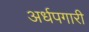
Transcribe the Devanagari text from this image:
अर्धपगारी